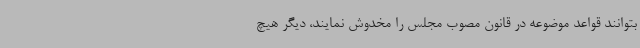
بتوانند قواعد موضوعه در قانون مصوب مجلس را مخدوش نمایند، دیگر هیچ